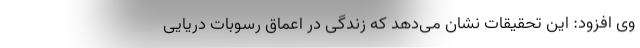
وی افزود: این تحقیقات نشان می‌دهد که زندگی در اعماق رسوبات دریایی